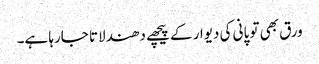
ورق بھی تو پانی کی دیوار کے پیچھے دھندلاتا جارہا ہے۔